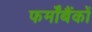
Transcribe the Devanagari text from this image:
फर्मोंबैंकों